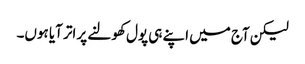
لیکن آج میں اپنے ہی پول کھولنے پر اتر آیا ہوں۔